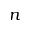
n